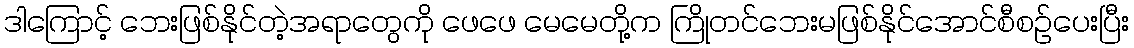
ဒါကြောင့် ဘေးဖြစ်နိုင်တဲ့အရာတွေကို ဖေဖေ မေမေတို့က ကြိုတင်ဘေးမဖြစ်နိုင်အောင်စီစဉ်ပေးပြီး